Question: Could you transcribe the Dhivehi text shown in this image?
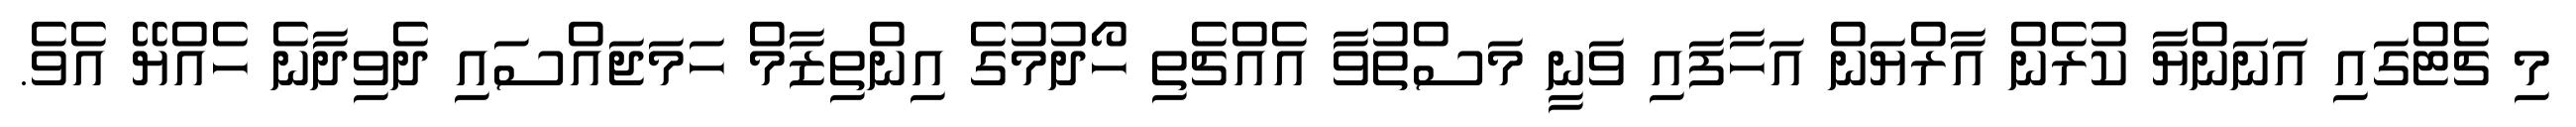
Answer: މި ޗެޓްގައި އަނަންޔާ ކުރެން އާރްޔަން އަހާފައި ވަނީ މަސްތުވާ އެއްޗެތި ހޯދުމުގެ އިންތިޒާމް ހަމަޖައްސައި ދެވިދާނެ ހެއްޔޭ އެވެ.